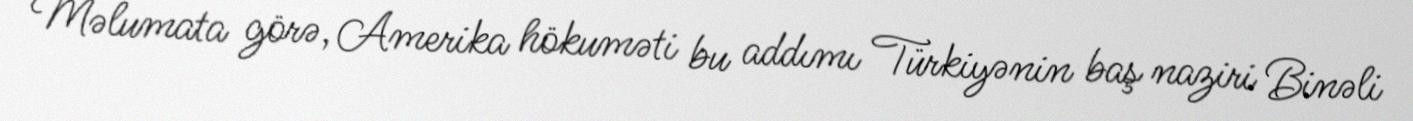
Məlumata görə, Amerika hökuməti bu addımı Türkiyənin baş naziri Binəli